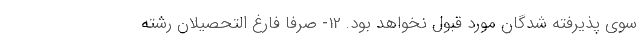
سوی پذیرفته شدگان مورد قبول نخواهد بود. 12- صرفا فارغ التحصیلان رشته